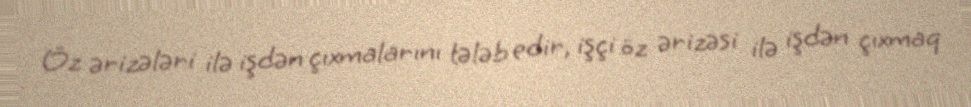
Öz ərizələri ilə işdən çıxmalarını tələb edir, işçi öz ərizəsi ilə işdən çıxmaq